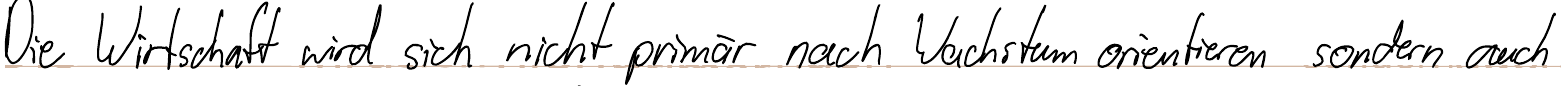
Die Wirtschaft wird sich nicht primär nach Wachstum orientieren sondern auch